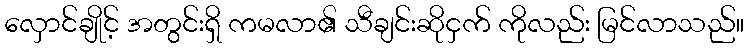
လှောင်ချိုင့် အတွင်းရှိ ကမလာ၏ သီချင်းဆိုငှက် ကိုလည်း မြင်လာသည်။